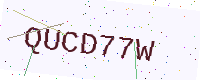
Text: QUCD77W